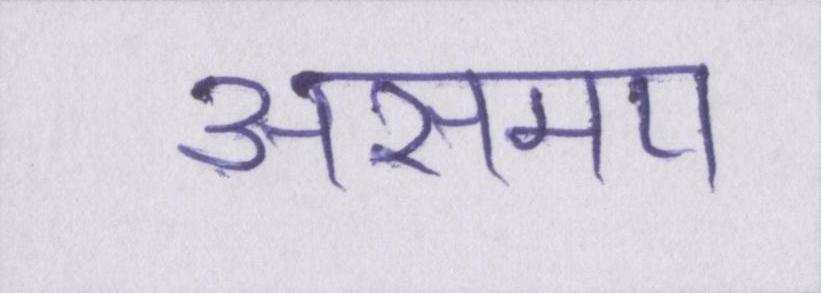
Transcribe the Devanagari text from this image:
असमय